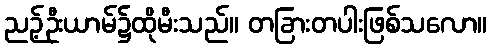
ညဉ့်ဦးယာမ်၌ထိုမီးသည်။ တခြားတပါးဖြစ်သလော။